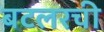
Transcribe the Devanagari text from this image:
बटलरची